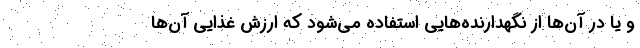
و یا در آن‌ها از نگهدارنده‌هایی استفاده می‌شود که ارزش غذایی آن‌ها